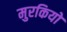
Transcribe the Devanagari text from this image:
मुरकियों